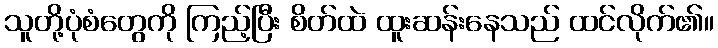
သူတို့ပုံစံတွေကို ကြည့်ပြီး စိတ်ထဲ ထူးဆန်းနေသည် ထင်လိုက်၏။